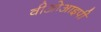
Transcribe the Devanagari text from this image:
वीओआइपी